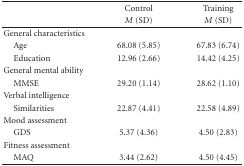
<table><thead><tr><td rowspan="2"><b> </b></td><td><b>Control</b></td><td><b>Training</b></td></tr><tr><td><b><i>M</i> (SD)</b></td><td><b><i>M</i> (SD)</b></td></tr></thead><tbody><tr><td>General characteristics</td><td> </td><td> </td></tr><tr><td> Age</td><td>68.08 (5.85)</td><td>67.83 (6.74)</td></tr><tr><td> Education</td><td>12.96 (2.66)</td><td>14.42 (4.25)</td></tr><tr><td>General mental ability</td><td> </td><td> </td></tr><tr><td> MMSE</td><td>29.20 (1.14)</td><td>28.62 (1.10)</td></tr><tr><td>Verbal intelligence</td><td> </td><td> </td></tr><tr><td> Similarities</td><td>22.87 (4.41)</td><td>22.58 (4.89)</td></tr><tr><td>Mood assessment</td><td> </td><td> </td></tr><tr><td> GDS</td><td>5.37 (4.36)</td><td>4.50 (2.83)</td></tr><tr><td>Fitness assessment</td><td> </td><td> </td></tr><tr><td> MAQ</td><td>3.44 (2.62)</td><td>4.50 (4.45)</td></tr></tbody></table>